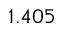
1 . 4 0 5